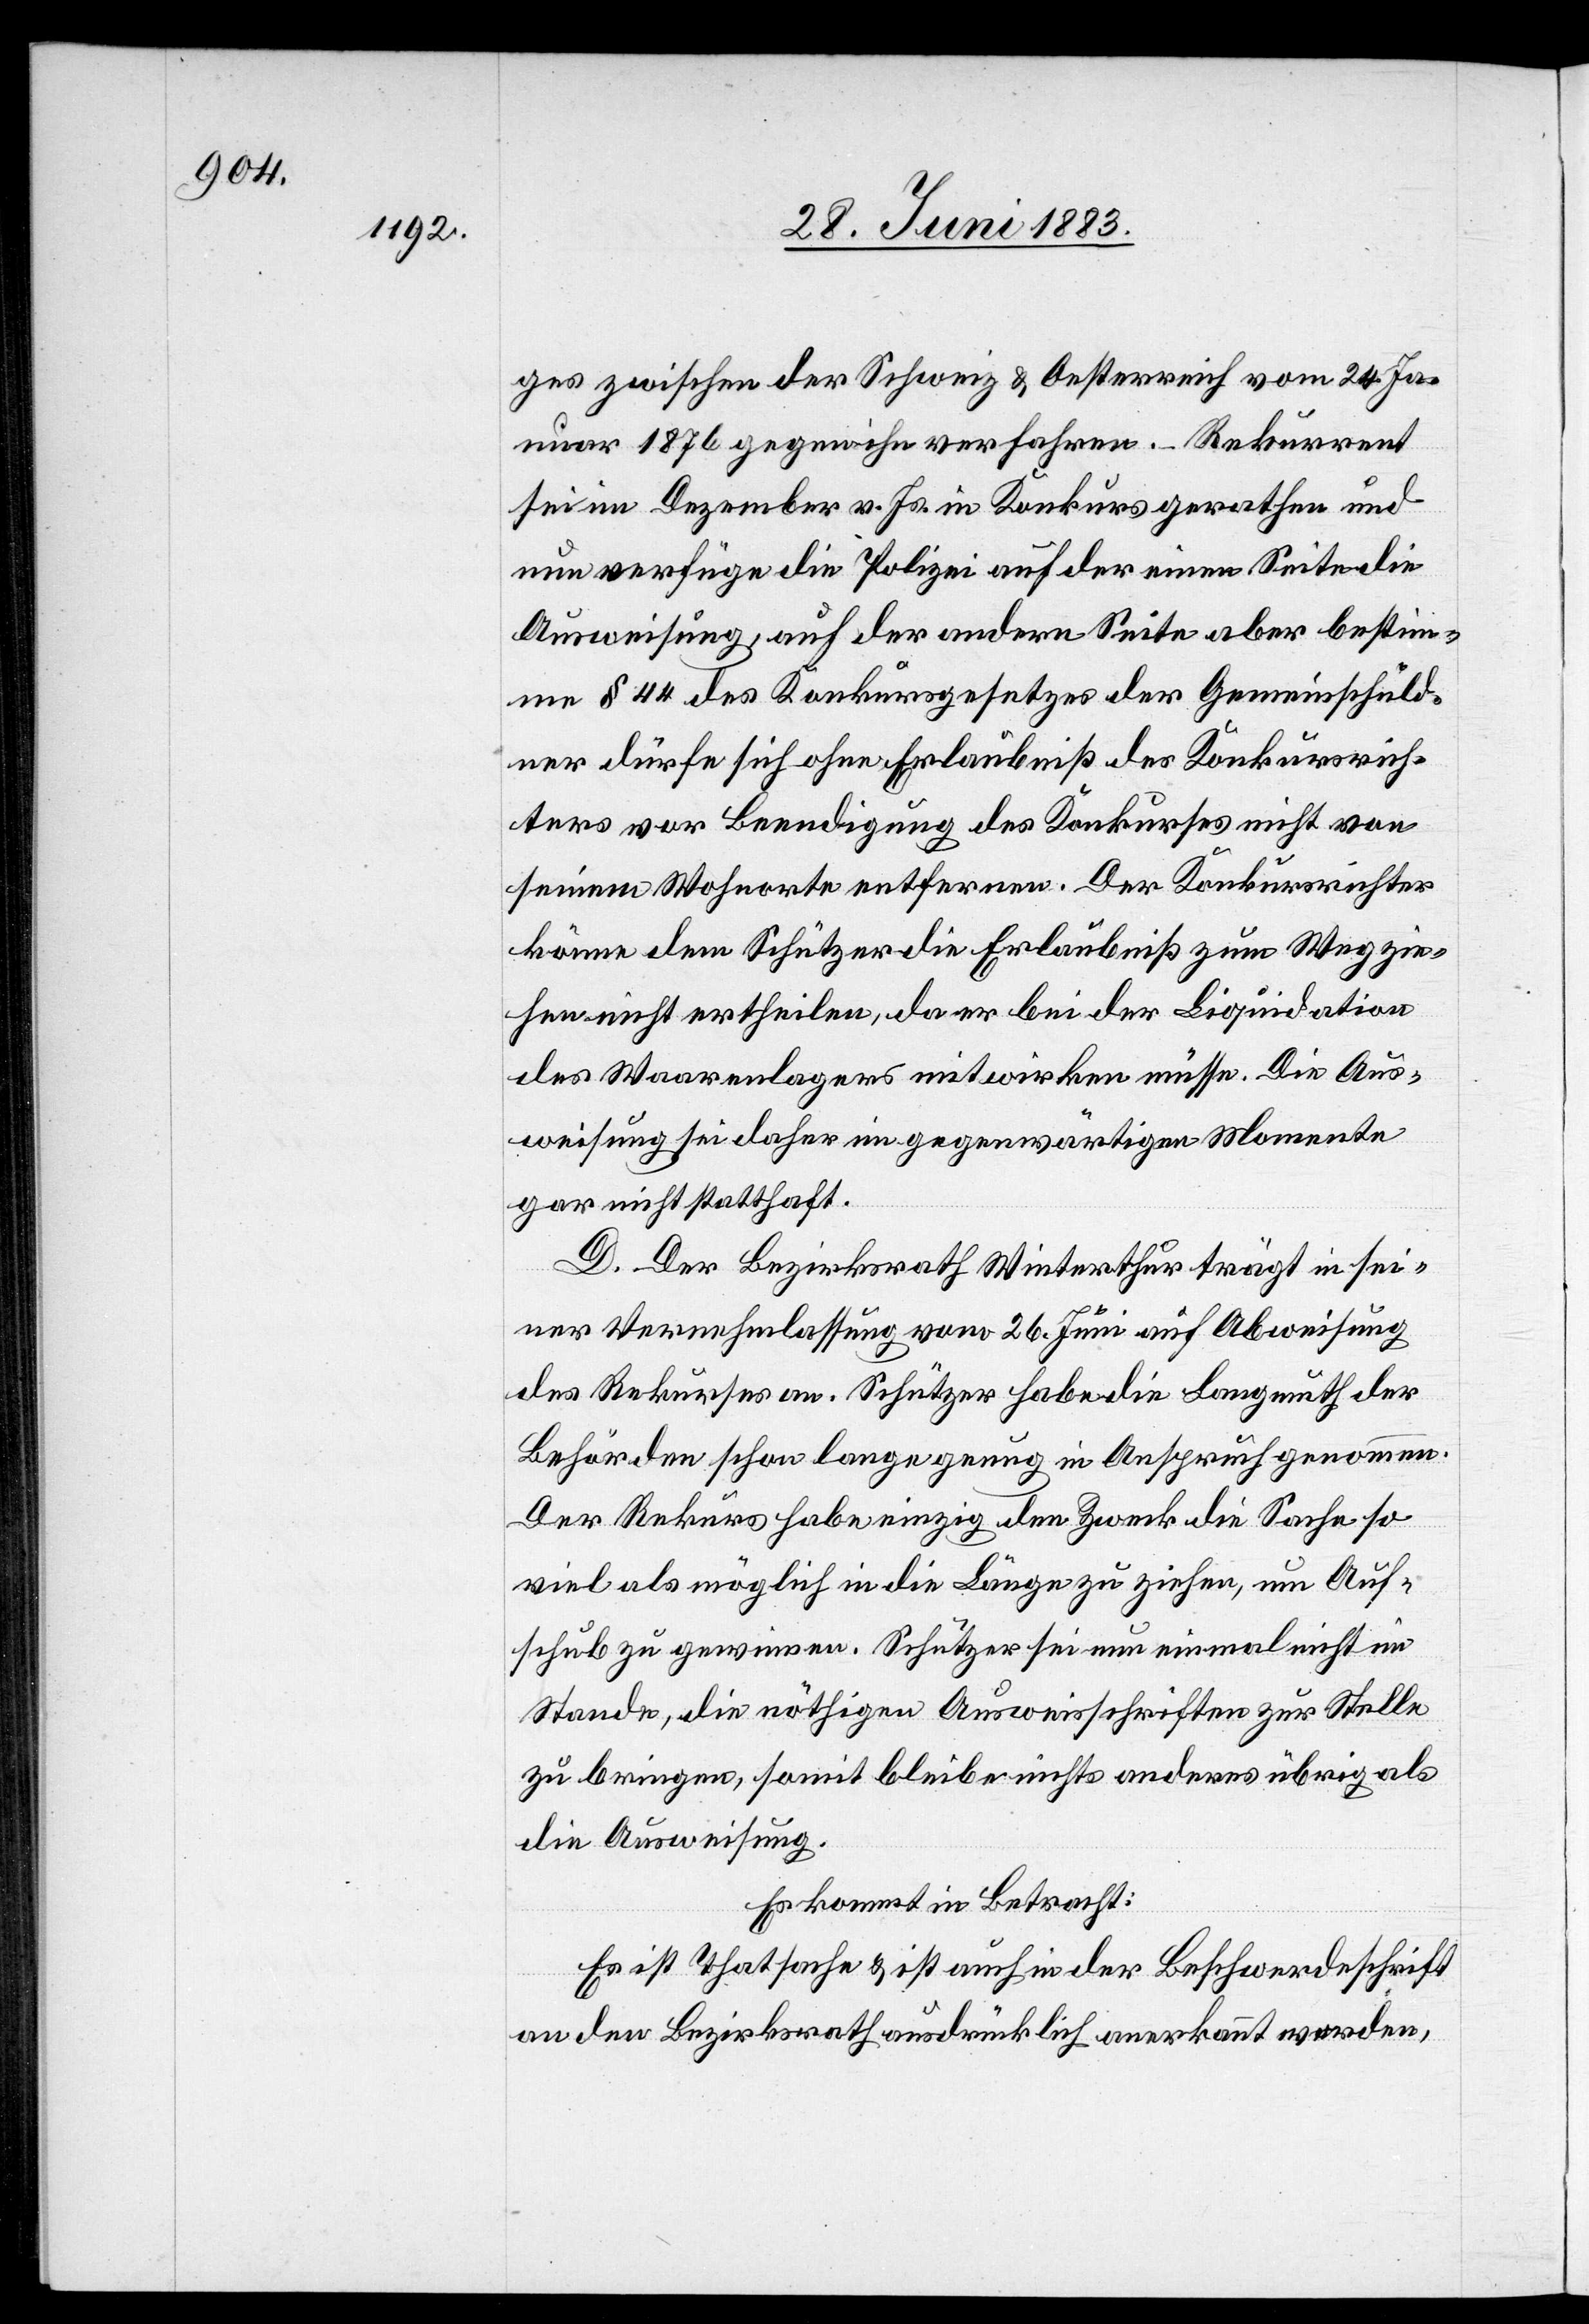
ges zwischen der Schweiz & Oesterreich vom 24. Ja¬
nuar 1876 gegen ihn verfahren. – Rekurrent
sei im Dezember v. Js. in Konkurs gerathen und
nun verfüge die Polizei auf der einen Seite die
Ausweisung, auf der andern Seite aber bestim¬
me § 44 des Konkursgesetzes der Gemeinschuld¬
ner dürfe sich ohne Erlaubniß des Konkurssrich¬
ters vor Beendigung des Konkurses nicht von
seinem Wohnorte entfernen. Der Konkursrichter
könne dem Schützer die Erlaubniß zum Wegzie¬
hen nicht ertheilen, da er bei der Liquidation
des Waarenlagers mitwirken müsse. Die Aus¬
weisung sei daher im gegenwärtigen Momente
gar nicht statthaft.
D. Der Bezirksrath Winterthur trägt in sei¬
ner Vernehmlassung vom 26. Juni auf Abweisung
des Rekurses an. Schützer habe die Langmuth der
Behörden schon lange genug in Anspruch genommen.
Der Rekurs habe einzig den Zweck die Sache so
viel als möglich in die Länge zu ziehen, um Auf¬
schub zu gewinnen. Schützer sei nun einmal nicht im
Stande, die nöthigen Ausweisschriften zur Stelle
zu bringen, somit bleibe nichts anderes übrig als
die Ausweisung.
Es kommt in Betracht:
Es ist Thatsache & ist auch in der Beschwerdeschrift
an den Bezirksrath ausdrücklich anerkannt worden,